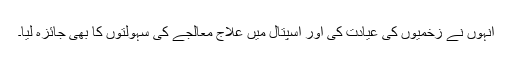
انہوں نے زخمیوں کی عیادت کی اور اسپتال میں علاج معالجے کی سہولتوں کا بھی جائزہ لیا۔